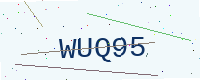
Text: WUQ95